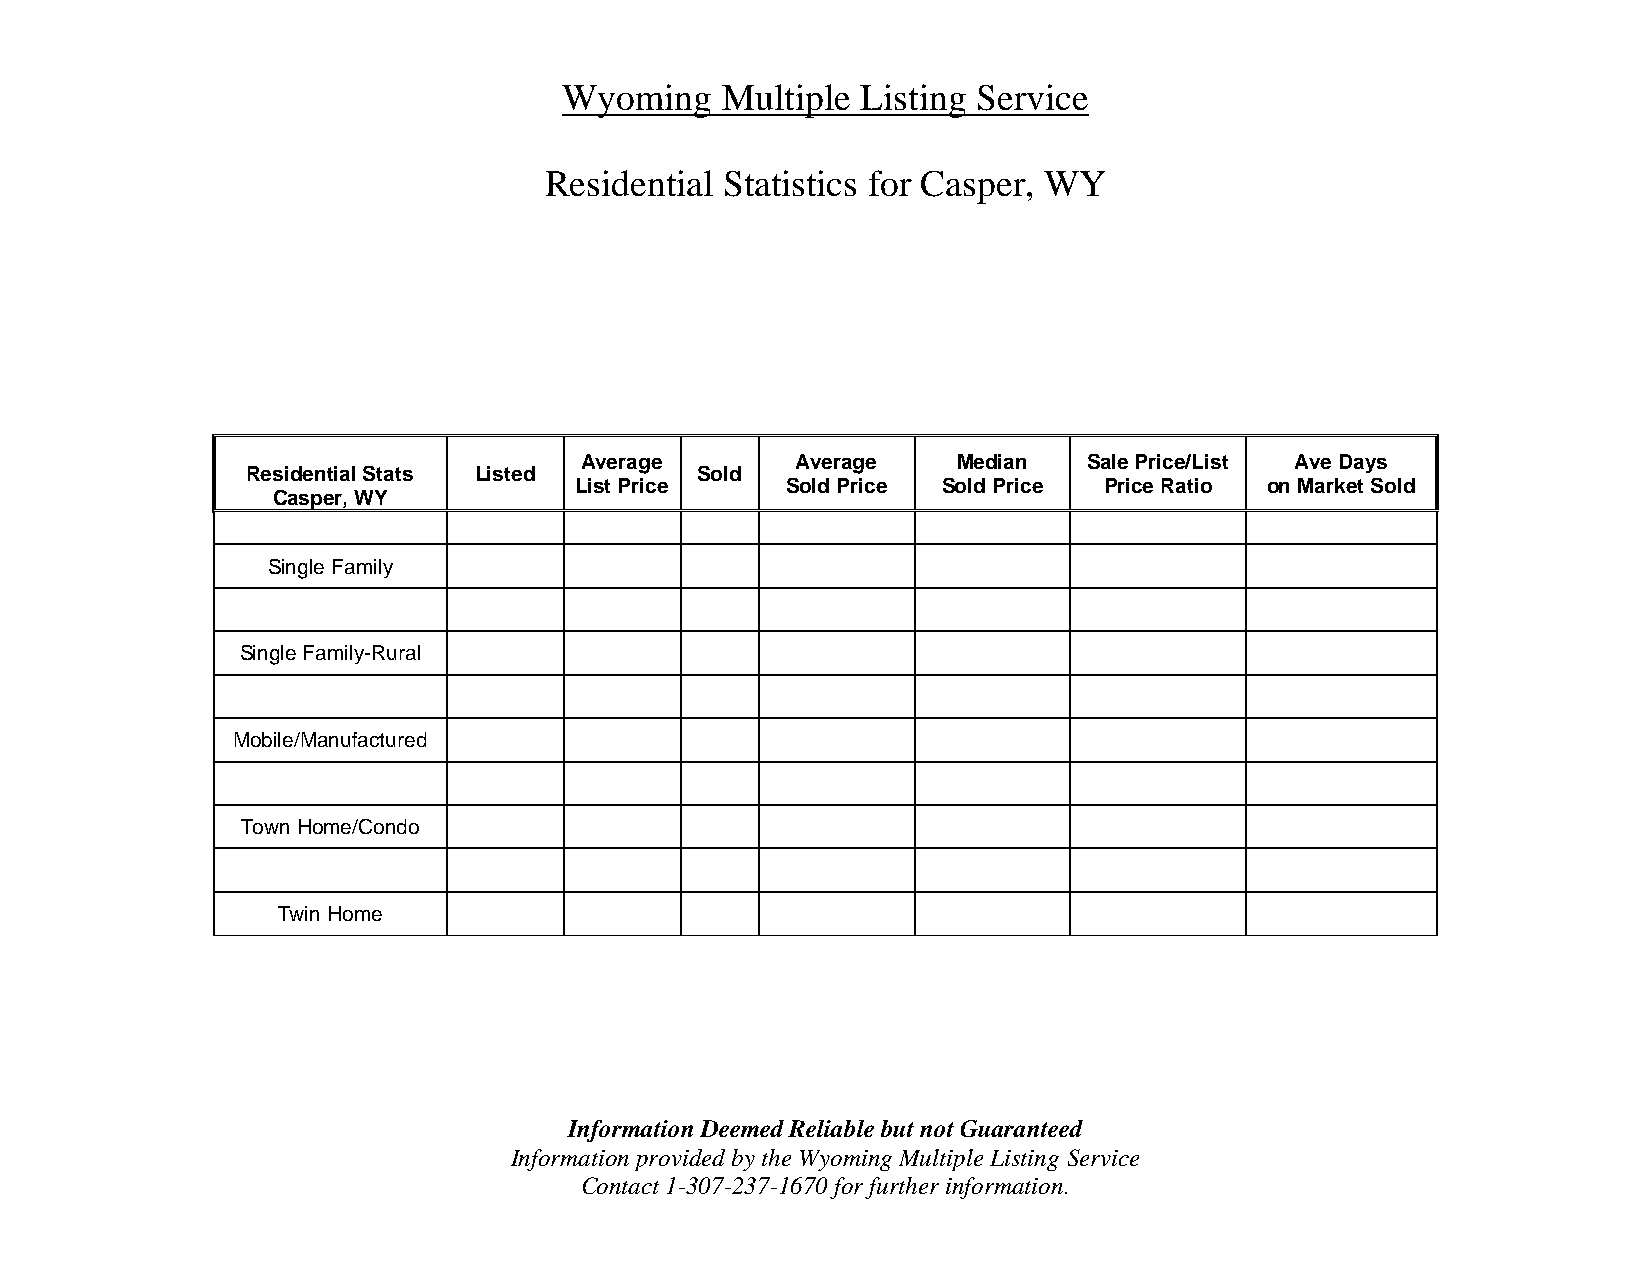
Wyoming    Multiple Listing Service
 Residential Statistics for Casper, WY
 Average        Average   Median   Sale Price/List Ave Days
 Residential Stats Listed      Sold
 List Price    Sold Price Sold Price Price Ratio on Market Sold
 Casper, WY
 Single Family
 Single Family-Rural
 Mobile/Manufactured
 Town Home/Condo
 Twin Home
 Information Deemed Reliable but not Guaranteed
 Information provided by the Wyoming Multiple Listing Service
 Contact 1-307-237-1670 for further information.